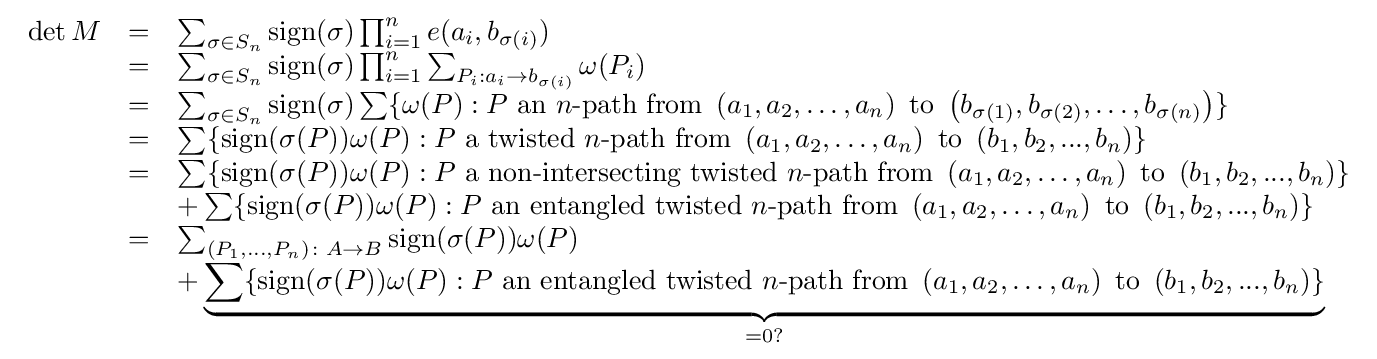
{\begin{array}{rcl}\det M&=&\sum _{\sigma \in S_{n}}\mathrm {sign} (\sigma )\prod _{i=1}^{n}e(a_{i},b_{\sigma (i)})\\&=&\sum _{\sigma \in S_{n}}\mathrm {sign} (\sigma )\prod _{i=1}^{n}\sum _{P_{i}:a_{i}\to b_{\sigma (i)}}\omega (P_{i})\\&=&\sum _{\sigma \in S_{n}}\mathrm {sign} (\sigma )\sum \{\omega (P):P~{\text{an}}~n{\text{-path from}}~\left(a_{1},a_{2},\ldots ,a_{n}\right)~{\text{to}}~\left(b_{\sigma (1)},b_{\sigma (2)},\ldots ,b_{\sigma (n)}\right)\}\\&=&\sum \{\mathrm {sign} (\sigma (P))\omega (P):P~{\text{a twisted}}~n{\text{-path from}}~\left(a_{1},a_{2},\ldots ,a_{n}\right)~{\text{to}}~\left(b_{1},b_{2},...,b_{n}\right)\}\\&=&\sum \{\mathrm {sign} (\sigma (P))\omega (P):P~{\text{a non-intersecting twisted}}~n{\text{-path from}}~\left(a_{1},a_{2},\ldots ,a_{n}\right)~{\text{to}}~\left(b_{1},b_{2},...,b_{n}\right)\}\\&&+\sum \{\mathrm {sign} (\sigma (P))\omega (P):P~{\text{an entangled twisted}}~n{\text{-path from}}~\left(a_{1},a_{2},\ldots ,a_{n}\right)~{\text{to}}~\left(b_{1},b_{2},...,b_{n}\right)\}\\&=&\sum _{(P_{1},\ldots ,P_{n})\colon A\to B}\mathrm {sign} (\sigma (P))\omega (P)\\&&+\underbrace {\sum \{\mathrm {sign} (\sigma (P))\omega (P):P~{\text{an entangled twisted}}~n{\text{-path from}}~\left(a_{1},a_{2},\ldots ,a_{n}\right)~{\text{to}}~\left(b_{1},b_{2},...,b_{n}\right)\}} _{=0?}\\\end{array}}